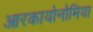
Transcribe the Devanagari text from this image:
आरकायोनोमिया